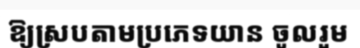
ឱ្យស្របតាមប្រភេទយាន ចូលរួម